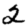
Digit: 2